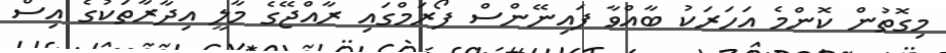
މިގޮތުން ކޮންމެ އަހަރަކު ބާއްވާ ފައިނޭންސް ފޯރަމްގައި ރާއްޖޭގެ މާލީ އިދާރާތަކުގެ އިސް